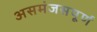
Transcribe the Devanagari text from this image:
असमंजसपूर्ण